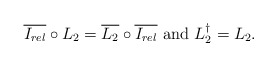
\begin{align*}\overline{I_{rel}}\circ L_2= \overline{L_2}\circ \overline{I_{rel}}\mbox{ and } L_2^{\dagger}=L_2.\end{align*}